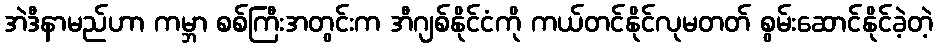
အဲဒီနာမည်ဟာ ကမ္ဘာ စစ်ကြီးအတွင်းက အီဂျစ်နိုင်ငံကို ကယ်တင်နိုင်လုမတတ် စွမ်းဆောင်နိုင်ခဲ့တဲ့